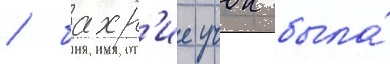
/ бахр'ие учок была́